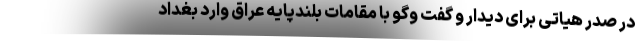
در صدر هیاتی برای دیدار و گفت وگو با مقامات بلندپایه عراق وارد بغداد